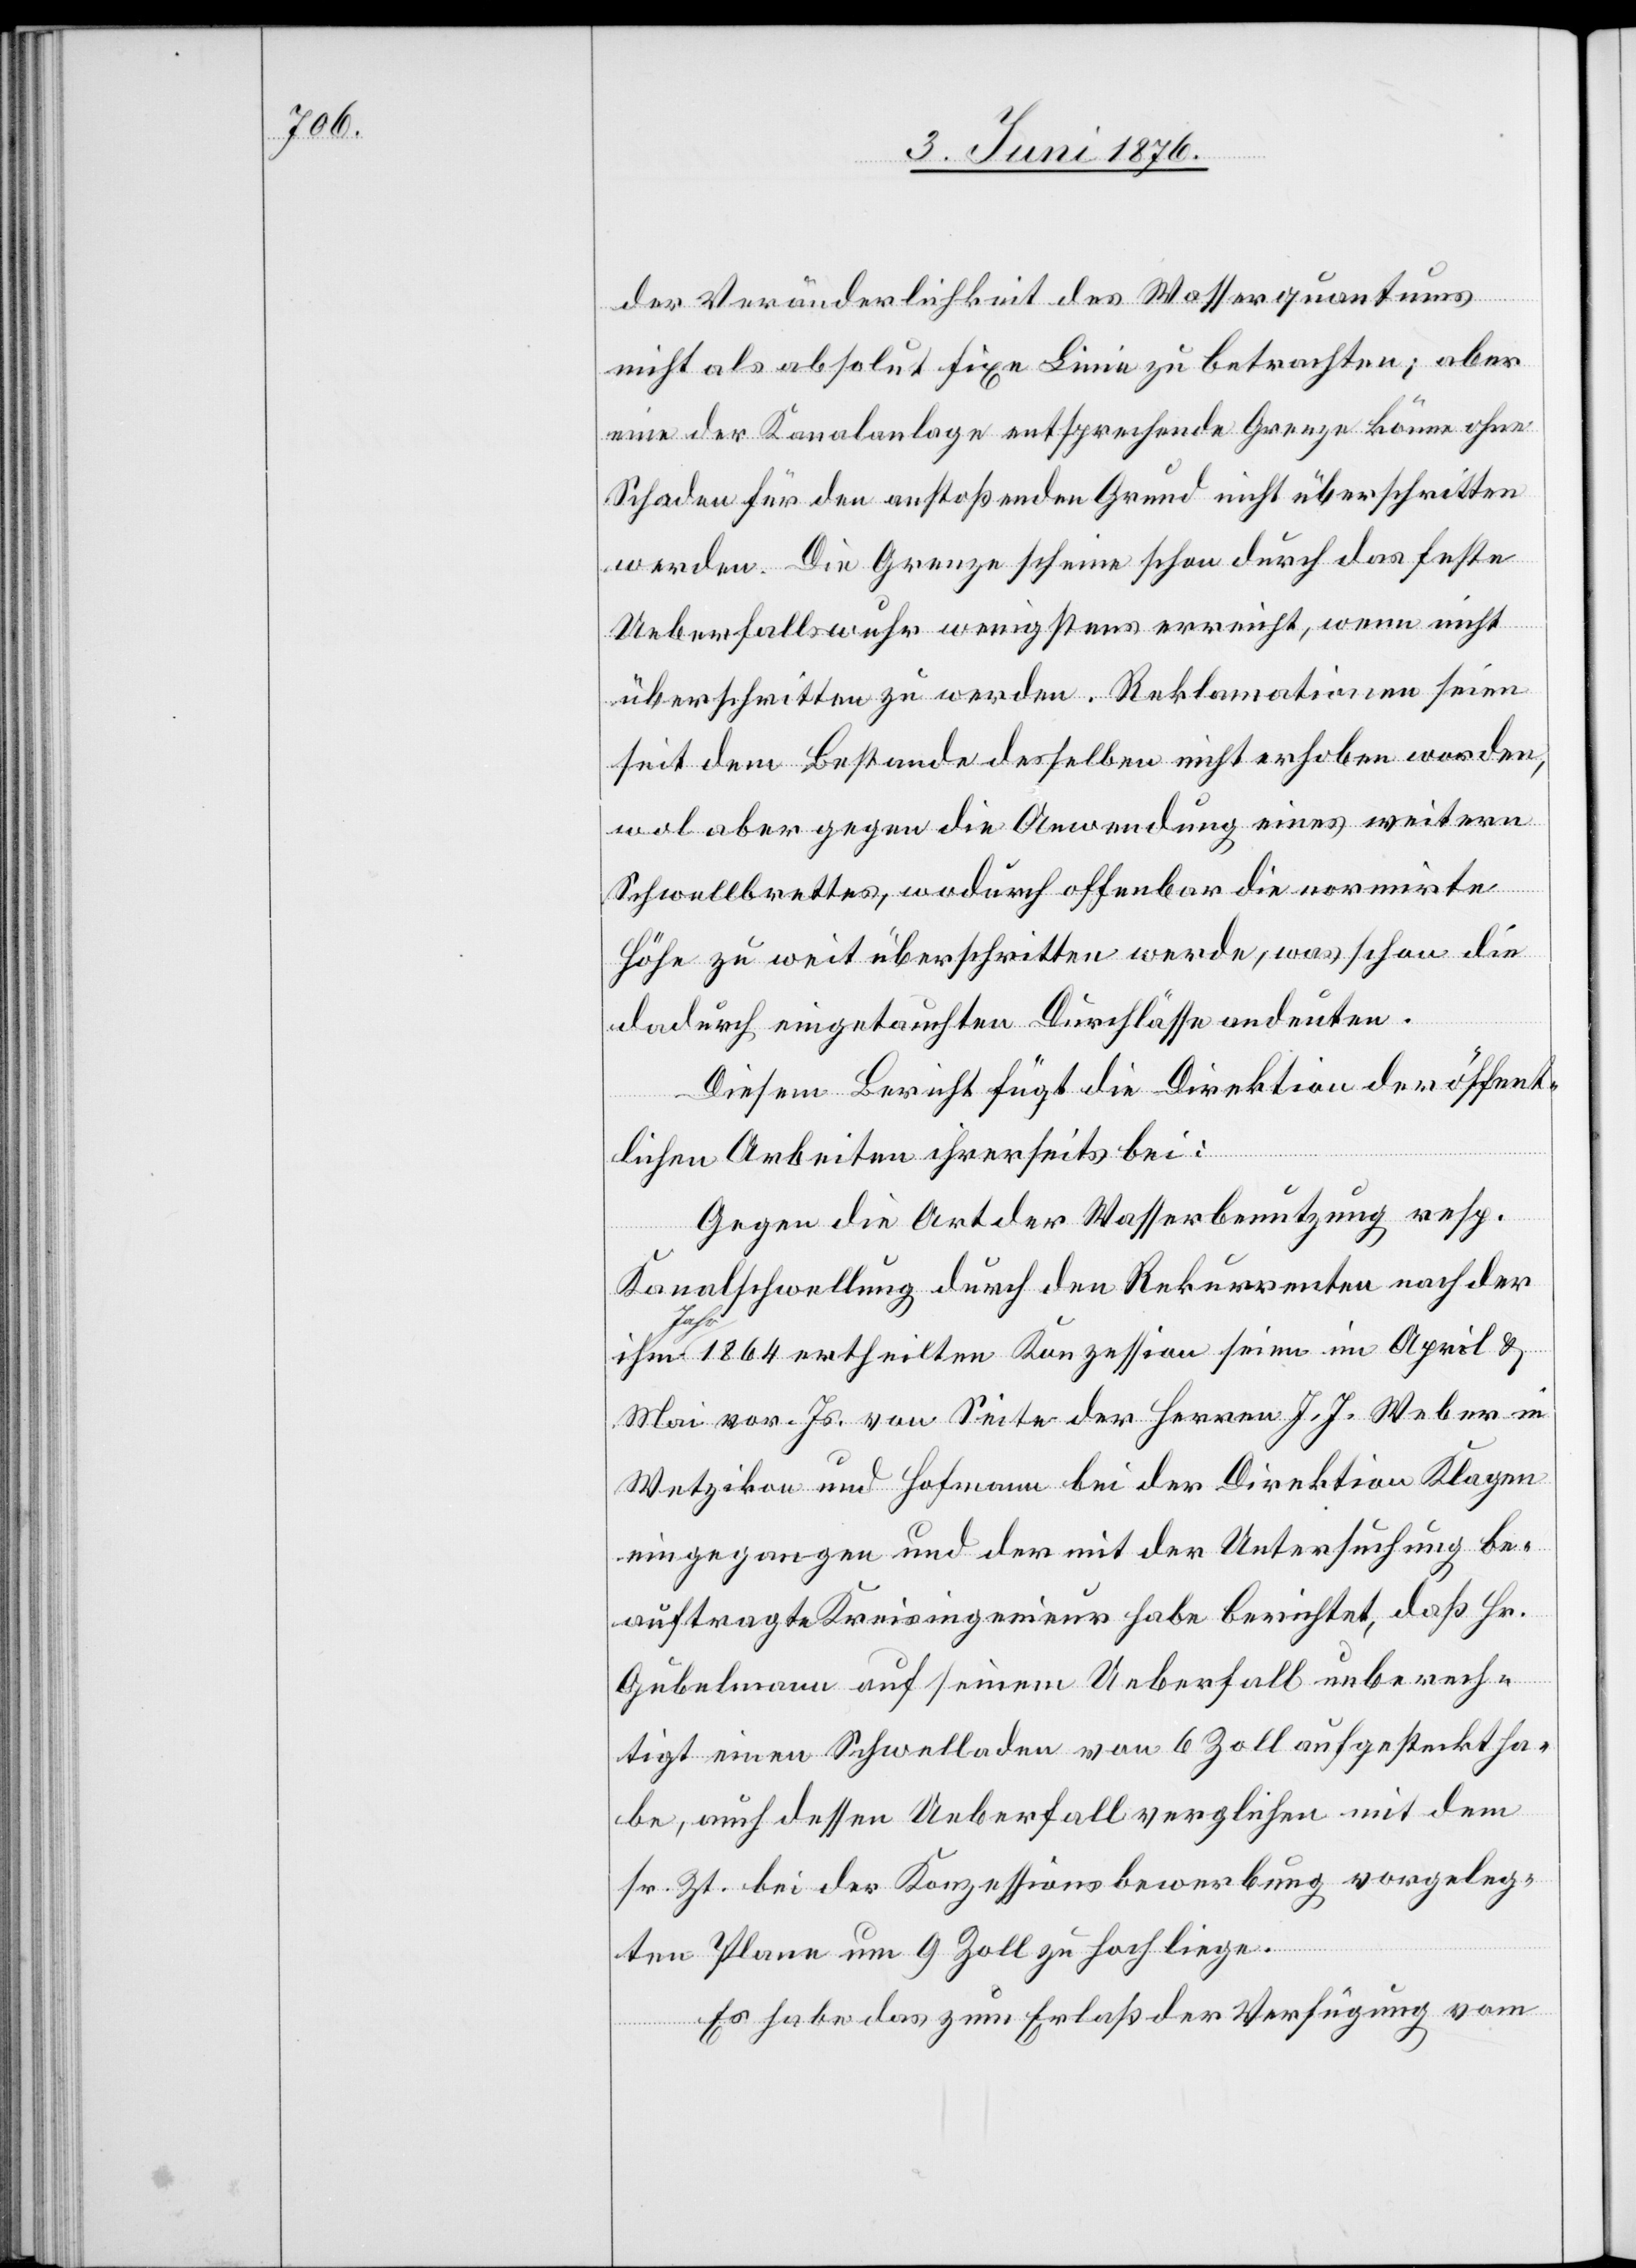
der Veränderlichkeit des Wasserquantums
nicht als absolut fixe Linie zu betrachten; aber
eine der Kanalanlage entsprechende Grenze könne ohne
Schaden für den anstoßenden Grund nicht überschritten
werden. Die Grenze scheine schon durch das feste
Ueberfallswuhr wenigstens erreicht, wenn nicht
überschritten zu werden. Reklamationen seien
seit dem Bestande desselben nicht erhoben worden,
wol aber gegen die Anwendung eines weitern
Schwellbrettes, wodurch offenbar die normirte
Höhe zu weit überschritten werde, was schon die
dadurch eingetauchten Durchlässe andeuten.
Diesem Bericht fügt die Direktion der öffent¬
lichen Arbeiten ihrerseits bei:
Gegen die Art der Wasserbenutzung resp.
Kanalschwellung durch den Rekurrenten nach der
1864 ertheilten Konzession seien im April &
Mai vor. Js. von Seite der Herren J. J. Weber in
Wetzikon und Hofmann bei der Direktion Klagen
eingegangen und der mit der Untersuchung be¬
auftragte Kreisingenieur habe berichtet, daß Hr.
Gubelmann auf seinem Ueberfall unberech¬
tigt einen Schwelladen von 6 Zoll aufgesteckt ha¬
be, auch dessen Ueberfall verglichen mit dem
sr. Zt. bei der Konzessionsbewerbung vorgeleg¬
ten Plane um 9 Zoll zu hoch liege.
Es habe das zum Erlaß der Verfügung vom